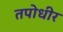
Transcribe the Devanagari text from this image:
तपोधीर